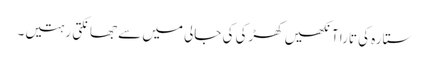
ستارہ کی تارا آنکھیں کھڑکی کی جالی میں سے جھانکتی رہتیں۔